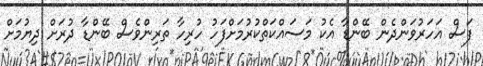
ފަސް އަހަރުވަންދެން ބޭންޑާ އެކު މަސައްކަތްކުރުމަށްފަހު ހުރިހާ ތަރިންވެސް ބޭންޑާ ދުރަށް ދިޔުމަށް